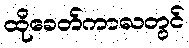
ထိုခေတ်ကာလတွင်